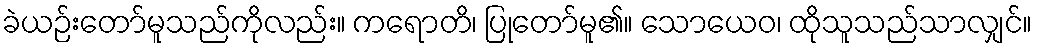
ခဲယဉ်းတော်မူသည်ကိုလည်း။ ကရောတိ၊ ပြုတော်မူ၏။ သောယေဝ၊ ထိုသူသည်သာလျှင်။